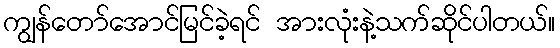
ကျွန်တော်အောင်မြင်ခဲ့ရင် အားလုံးနဲ့သက်ဆိုင်ပါတယ်။